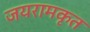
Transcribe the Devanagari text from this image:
जयरामकृत